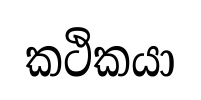
කථිකයා